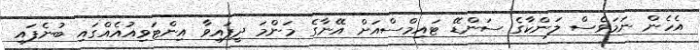
އެހެން ނަމަވެސް ލަންކާގެ ސަންޑޭ ޓައިމްސްއަށް އޭނާގެ މަންމަ ދީފައިވާ އިންޓަވިއުއެއްގައި ބުނެފައި